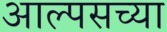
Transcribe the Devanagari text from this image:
आल्पसच्या